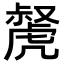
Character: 𧇝